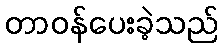
တာဝန်ပေးခဲ့သည်